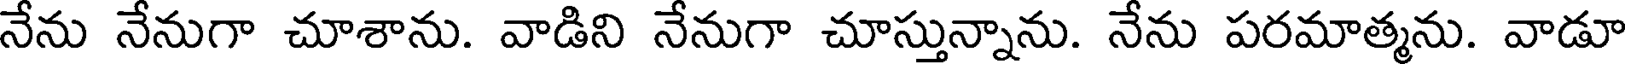
నేను నేనుగా చూశాను. వాడిని నేనుగా చూస్తున్నాను. నేను పరమాత్మను. వాడూ